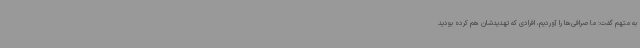
به متهم گفت: ما صرافی‌ها را آوردیم، افرادی که تهدیدشان هم کرده بودید